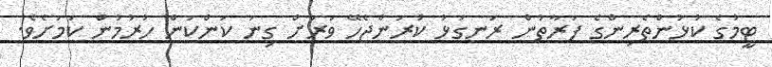
ޓީމުގެ ކުޅުންތެރިންގެ ފަރާތުން ރަނގަޅު ކުރަންޖެހޭ ވަރަށް ގިނަ ކަންކަން ހުރުމުން ކަމަށެވެ.